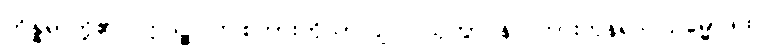
ကိန္နရာတို့၏။ ဣဒဉ္စ၊ ဤစကားကိုသာလျင်။ သုတွာ န၊ ကြားကုန်၍။ သမ္မောဒထ၊